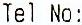
TEL NO: